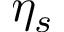
\eta _ { s }